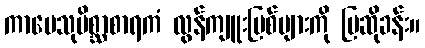
ကာမေသုမိစ္ဆာစာရကံ လွန်ကျူးပြစ်များကို ပြဆိုခန်း။